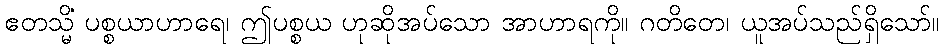
ဧတသ္မိံ ပစ္စယာဟာရေ၊ ဤပစ္စယ ဟုဆိုအပ်သော အာဟာရကို။ ဂတိတေ၊ ယူအပ်သည်ရှိသော်။